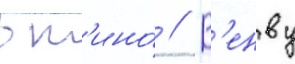
в к'ино́ // В'енву